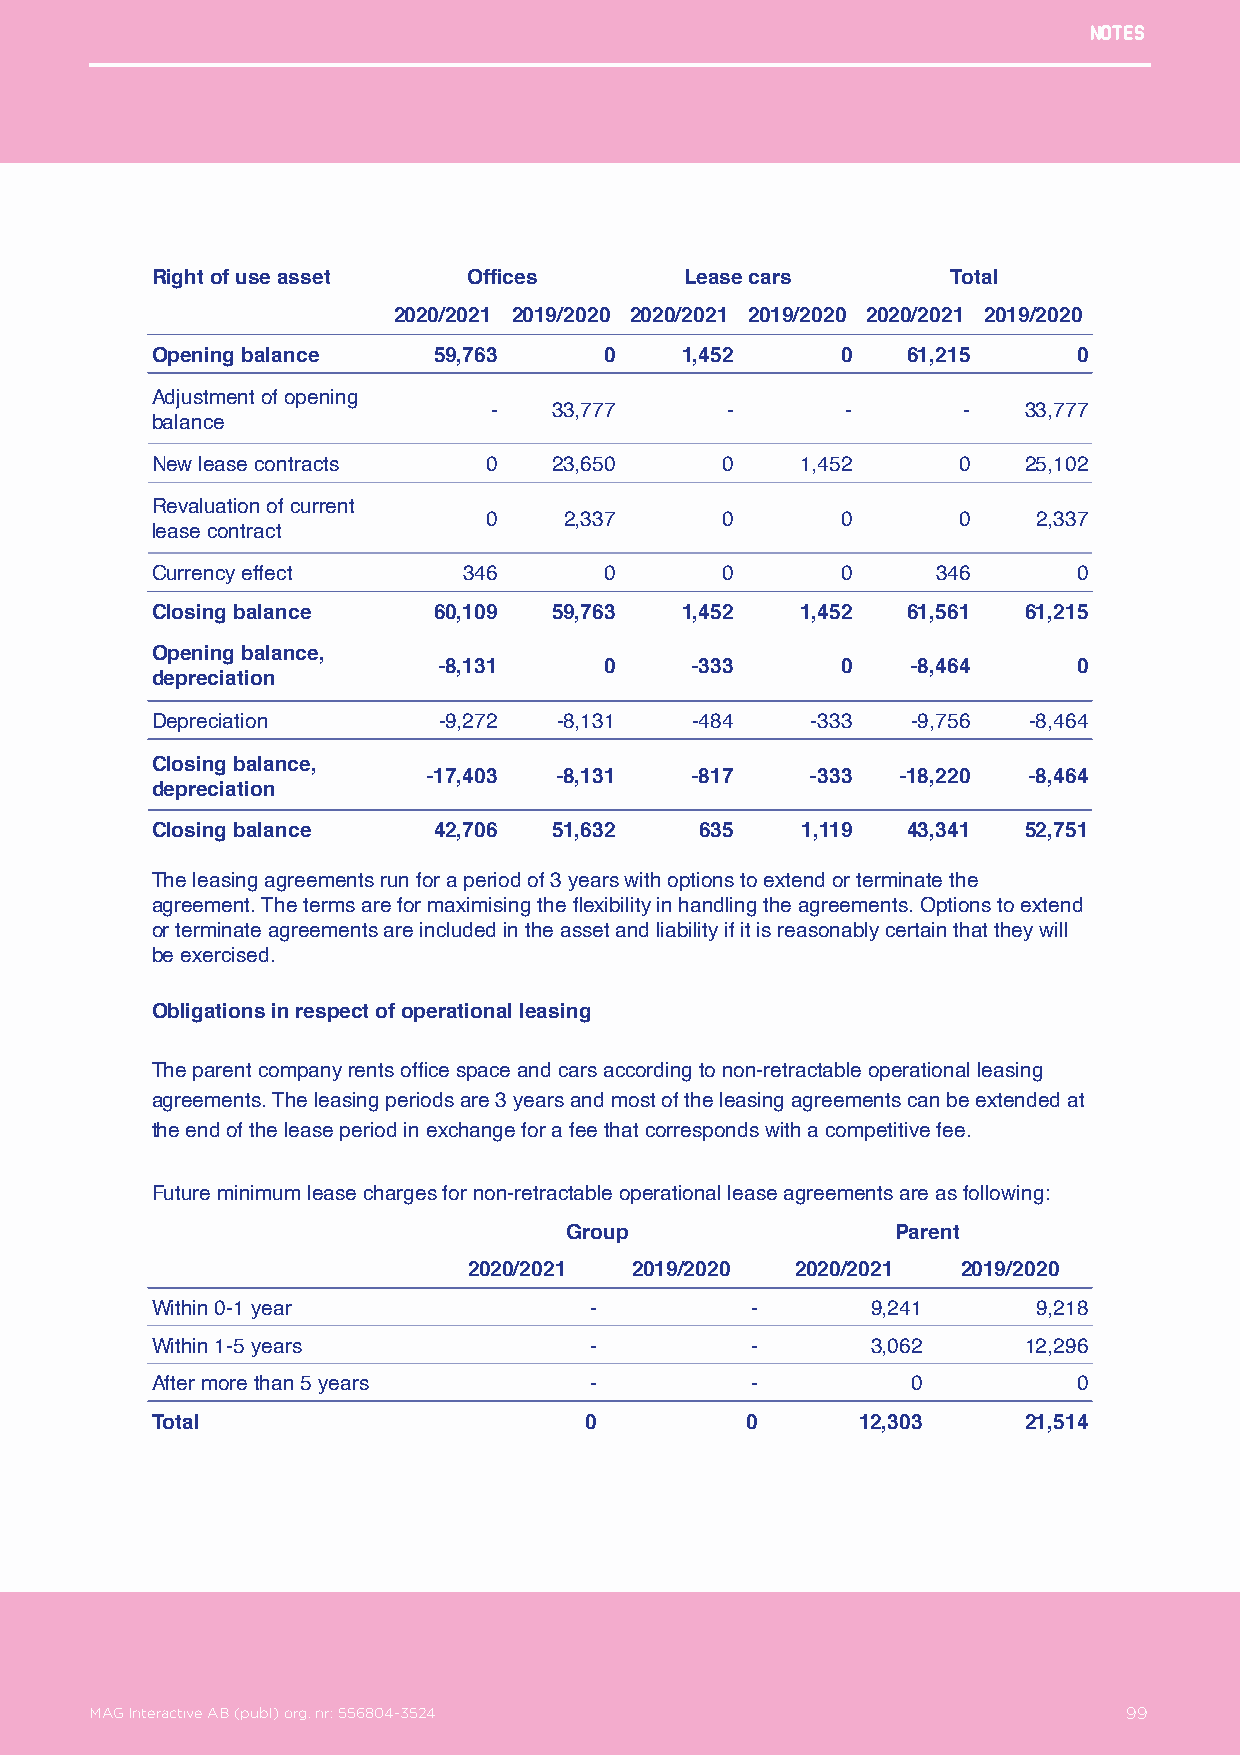
Notes
 Right of use asset   Offices       Lease cars        Total
 2020/2021 2019/2020 2020/2021 2019/2020 2020/2021 2019/2020
 Opening balance    59,763     0    1,452      0   61,215     0
 Adjustment of opening
 -    33,777     -       -       -   33,777
 balance
 New lease contracts   0    23,650     0    1,452     0    25,102
 Revaluation of current
 0    2,337      0       0      0     2,337
 lease contract
 Currency effect      346      0       0       0     346      0
 Closing balance    60,109  59,763  1,452   1,452  61,561  61,215
 Opening balance,
 -8,131     0     -333      0   -8,464     0
 depreciation
 Depreciation       -9,272  -8,131   -484    -333  -9,756  -8,464
 Closing balance,
 -17,403  -8,131   -817    -333  -18,220 -8,464
 depreciation
 Closing balance    42,706  51,632   635    1,119  43,341  52,751
 The leasing agreements run for a period of 3 years with options to extend or terminate the
 agreement. The terms are for maximising the flexibility in handling the agreements. Options to extend
 or terminate agreements are included in the asset and liability if it is reasonably certain that they will
 be exercised.
 Obligations in respect of operational leasing
 The parent company rents office space and cars according to non-retractable operational leasing
 agreements. The leasing periods are 3 years and most of the leasing agreements can be extended at
 the end of the lease period in exchange for a fee that corresponds with a competitive fee.
 Future minimum lease charges for non-retractable operational lease agreements are as following:
 Group                 Parent
 2020/2021  2019/2020  2020/2021  2019/2020
 Within 0-1 year              -          -       9,241      9,218
 Within 1-5 years             -          -       3,062     12,296
 After more than 5 years      -          -         0          0
 Total                        0         0       12,303     21,514
 MAG Interactive AB (publ) org. nr: 556804-3524                   99
 MAG Interactive AB (publ) org. nr: 556804-3524                       99